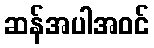
ဆန်အပါအဝင်